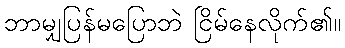
ဘာမျှပြန်မပြောဘဲ ငြိမ်နေလိုက်၏။